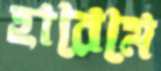
হারেমে